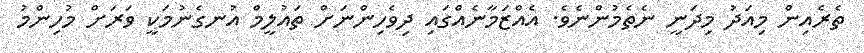
ތެރެއިން މިއަދު މިދަނީ ނެތެމުންނެވެ. އެއްޒަމާނެއްގައި ދިވެހިންނަށް ތައުލީމް އުނގެނުމަކީ ވަރަށް މުހިންމު